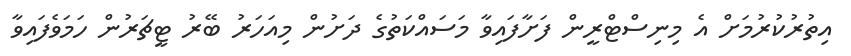
އިތުރުކުރުމަށް އެ މިނިސްޓްރީން ފަށާފައިވާ މަސައްކަތުގެ ދަށުން މިއަހަރު ބޭރު ޓީޗަރުން ހަމަވެފައިވާ